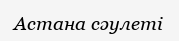
Астана сәулеті